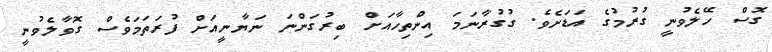
ގޮސް ހޭލެވުނީ ގުރުމުގެ އަޑަށެވެ. ގުގުރާނަމަ އިންތިހާއަށް ބިރުގަންނަ ނަޔާނީއަށް ފުރަތަމަވެސް ގޮވާލެވުނީ